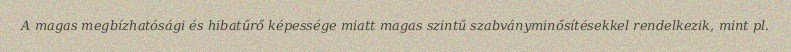
A magas megbízhatósági és hibatűrő képessége miatt magas szintű szabványminősítésekkel rendelkezik, mint pl.